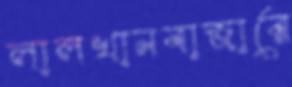
লালখানবাজারে